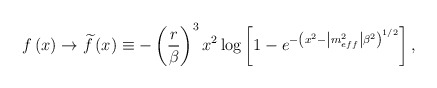
\begin{align*}f\left(x\right)\rightarrow \widetilde{f}\left(x\right)\equiv -\left(\frac{r}{\beta }\right)^{3}x^{2}\log \left[1-e^{-\left(x^{2}-\left|m_{eff}^{2}\right|\beta ^{2}\right)^{1/2}}\right],\end{align*}